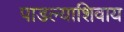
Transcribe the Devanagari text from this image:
पाडल्याशिवाय